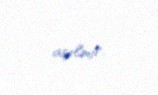
açılmır.